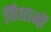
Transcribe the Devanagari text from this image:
विधाओं